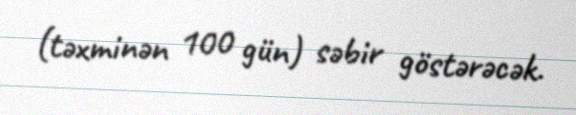
(təxminən 100 gün) səbir göstərəcək.